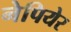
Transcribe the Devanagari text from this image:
नेपियेर